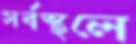
সর্বস্থলে